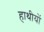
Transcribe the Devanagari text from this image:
हाथीयों